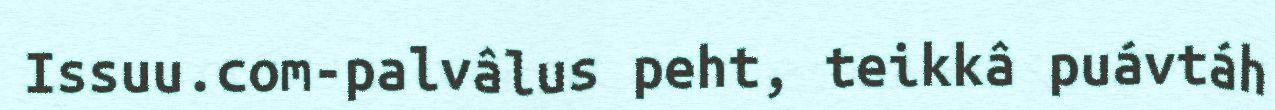
Issuu.com-palvâlus peht, teikkâ puávtáh